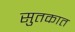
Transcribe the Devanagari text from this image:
सुतकात